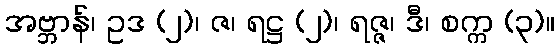
အဗ္ဘာန်၊ ဥဒ (၂)၊ ဇ၊ ရဋ္ဌ (၂)၊ ရဇ္ဇ၊ ဒီ၊ စက္က (၃)။